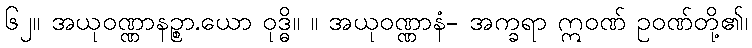
၆၂။ အယုဝဏ္ဏာနဉ္စာ.ယော ဝုဒ္ဓိ။ ။ အယုဝဏ္ဏာနံ- အက္ခရာ ဣဝဏ် ဥဝဏ်တို့၏၊